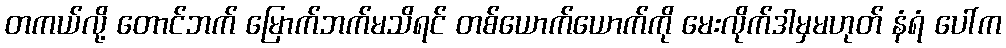
တကယ်လို့ တောင်ဘက် မြောက်ဘက်မသိရင် တစ်ယောက်ယောက်ကို မေးလိုက်ဒါမှမဟုတ် နံရံ ပေါ်က